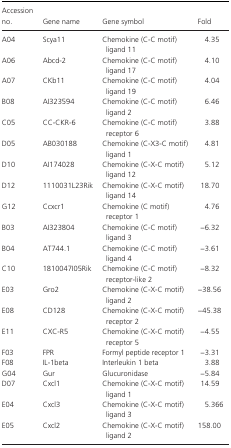
<table><thead><tr><td><b>Accession no.</b></td><td><b>Gene name</b></td><td><b>Gene symbol</b></td><td><b>Fold</b></td></tr></thead><tbody><tr><td>A04</td><td>Scya11</td><td>Chemokine (C‐C motif) ligand 11</td><td>4.35</td></tr><tr><td>A06</td><td>Abcd‐2</td><td>Chemokine (C‐C motif) ligand 17</td><td>4.10</td></tr><tr><td>A07</td><td>CKb11</td><td>Chemokine (C‐C motif) ligand 19</td><td>4.04</td></tr><tr><td>B08</td><td>AI323594</td><td>Chemokine (C‐C motif) ligand 2</td><td>6.46</td></tr><tr><td>C05</td><td>CC‐CKR‐6</td><td>Chemokine (C‐C motif) receptor 6</td><td>3.88</td></tr><tr><td>D05</td><td>AB030188</td><td>Chemokine (C‐X3‐C motif) ligand 1</td><td>4.81</td></tr><tr><td>D10</td><td>AI174028</td><td>Chemokine (C‐X‐C motif) ligand 12</td><td>5.12</td></tr><tr><td>D12</td><td>1110031L23Rik</td><td>Chemokine (C‐X‐C motif) ligand 14</td><td>18.70</td></tr><tr><td>G12</td><td>Ccxcr1</td><td>Chemokine (C motif) receptor 1</td><td>4.76</td></tr><tr><td>B03</td><td>AI323804</td><td>Chemokine (C‐C motif) ligand 3</td><td>−6.32</td></tr><tr><td>B04</td><td>AT744.1</td><td>Chemokine (C‐C motif) ligand 4</td><td>−3.61</td></tr><tr><td>C10</td><td>1810047I05Rik</td><td>Chemokine (C‐C motif) receptor‐like 2</td><td>−8.32</td></tr><tr><td>E03</td><td>Gro2</td><td>Chemokine (C‐X‐C motif) ligand 2</td><td>−38.56</td></tr><tr><td>E08</td><td>CD128</td><td>Chemokine (C‐X‐C motif) receptor 2</td><td>−45.38</td></tr><tr><td>E11</td><td>CXC‐R5</td><td>Chemokine (C‐X‐C motif) receptor 5</td><td>−4.55</td></tr><tr><td>F03</td><td>FPR</td><td>Formyl peptide receptor 1</td><td>−3.31</td></tr><tr><td>F08</td><td>IL‐1beta</td><td>Interleukin 1 beta</td><td>3.88</td></tr><tr><td>G04</td><td>Gur</td><td>Glucuronidase</td><td>−5.84</td></tr><tr><td>D07</td><td>Cxcl1</td><td>Chemokine (C‐X‐C motif) ligand 1</td><td>14.59</td></tr><tr><td>E04</td><td>Cxcl3</td><td>Chemokine (C‐X‐C motif) ligand 3</td><td>5.366</td></tr><tr><td>E05</td><td>Cxcl2</td><td>Chemokine (C‐X‐C motif) ligand 2</td><td>158.00</td></tr></tbody></table>